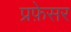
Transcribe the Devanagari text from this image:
प्रफ़ेसर